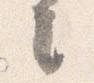
々